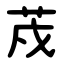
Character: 荗